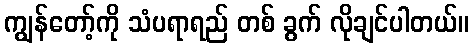
ကျွန်တော့်ကို သံပရာရည် တစ် ခွက် လိုချင်ပါတယ်။